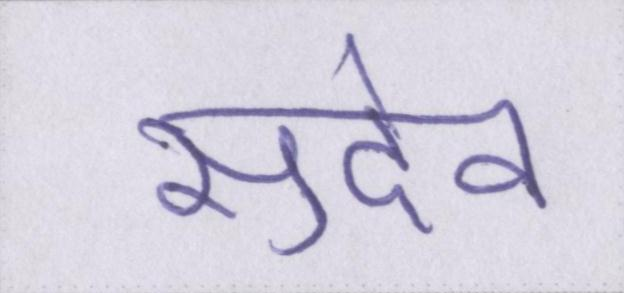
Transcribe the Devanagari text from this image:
सुदेव